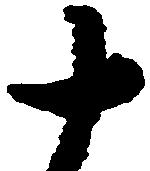
十